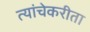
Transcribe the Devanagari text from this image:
त्यांचेकरीता